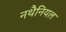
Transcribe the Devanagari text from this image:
नथैनियल